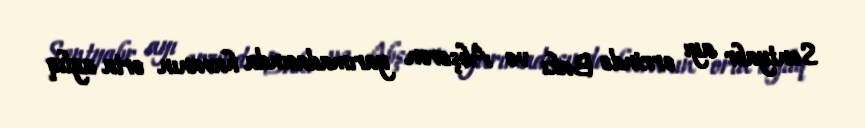
Sentyabr ayı ərzində Bakı və Abşeron yarımadasında havanın orta aylıq